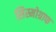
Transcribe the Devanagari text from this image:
सिस्मोग्राफ